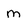
Character: M